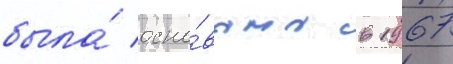
была́ осно́вана в 1967